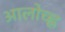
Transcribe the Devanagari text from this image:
आलोच्ह्न